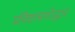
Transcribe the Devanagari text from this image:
प्रविष्टासारोद्धार